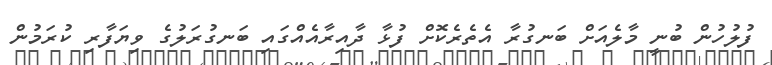
ފުލުހުން ބުނީ މާލެއަށް ބަނގުރާ އެތެރެކޮށް ފުޅާ ދާއިރާއެއްގައި ބަނގުރަލުގެ ވިޔަފާރި ކުރަމުން